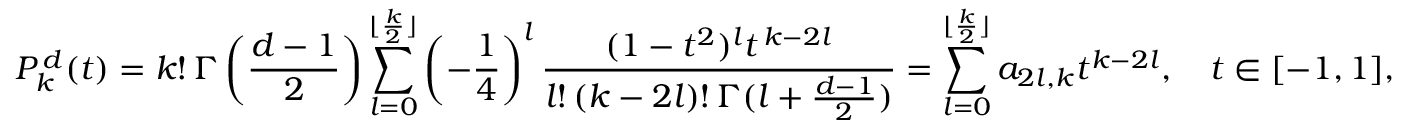
P _ { k } ^ { \, d } ( t ) = k ! \, \Gamma \left( \frac { d - 1 } { 2 } \right) \sum _ { l = 0 } ^ { \lfloor \frac { k } { 2 } \rfloor } \left( - \frac { 1 } { 4 } \right) ^ { l } \frac { ( 1 - t ^ { 2 } ) ^ { l } t ^ { \, k - 2 l } } { l ! \, ( k - 2 l ) ! \, \Gamma ( l + \frac { d - 1 } { 2 } ) } = \sum _ { l = 0 } ^ { \lfloor \frac { k } { 2 } \rfloor } a _ { 2 l , k } t ^ { k - 2 l } , \quad t \in [ - 1 , 1 ] ,